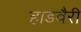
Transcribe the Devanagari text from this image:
हाडवैरी